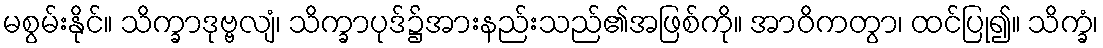
မစွမ်းနိုင်။ သိက္ခာဒုဗ္ဗလျံ၊ သိက္ခာပုဒ်၌အားနည်းသည်၏အဖြစ်ကို။ အာဝိကတွာ၊ ထင်ပြု၍။ သိက္ခံ၊